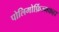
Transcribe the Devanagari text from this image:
पोलिमोर्फ़िज्मकहा